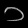
Digit: ၁